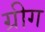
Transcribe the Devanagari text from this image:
ग्रीग